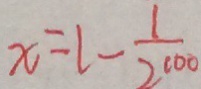
x = 1 - \frac { 1 } { 2 0 0 0 }